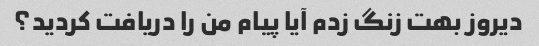
دیروز بهت زنگ زدم آیا پیام من را دریافت کردید؟